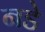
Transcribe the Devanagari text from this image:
नडे